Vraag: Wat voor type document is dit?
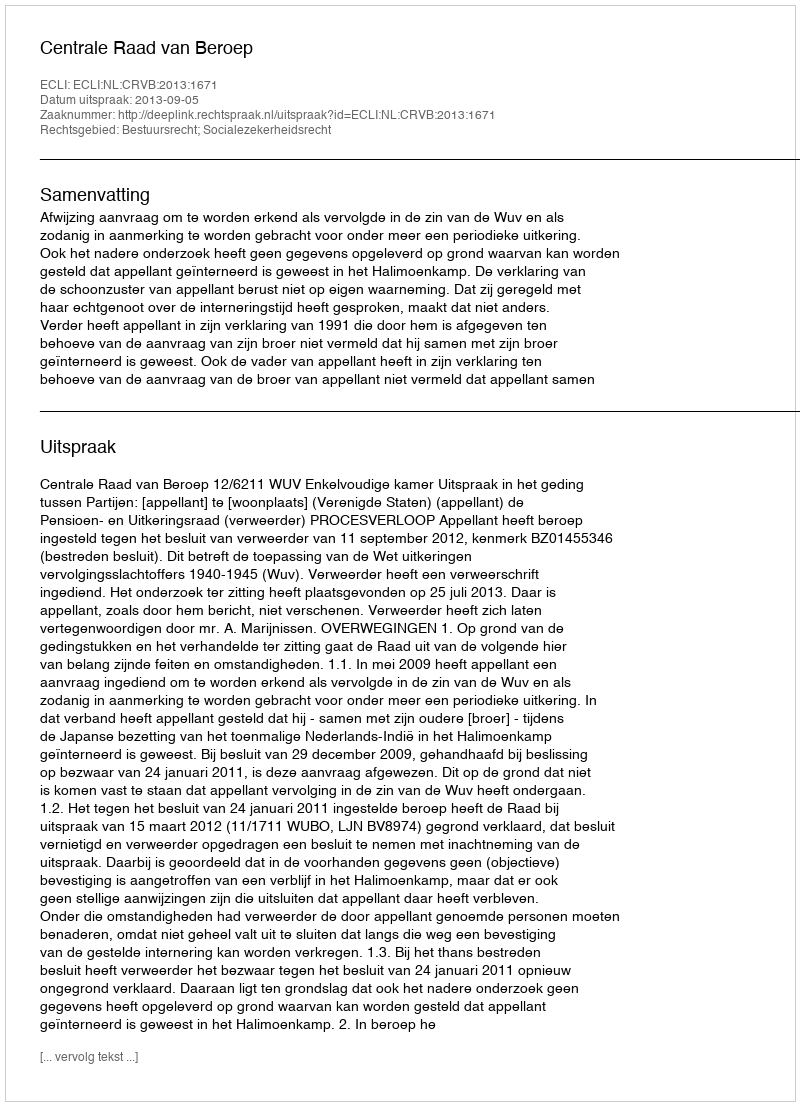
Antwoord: Uitspraak